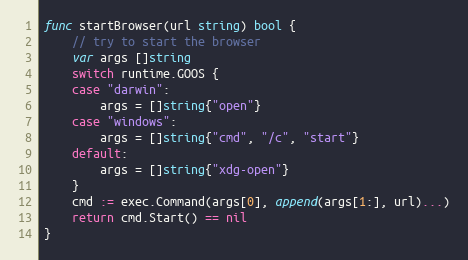
Language: Go
func startBrowser(url string) bool {
	// try to start the browser
	var args []string
	switch runtime.GOOS {
	case "darwin":
		args = []string{"open"}
	case "windows":
		args = []string{"cmd", "/c", "start"}
	default:
		args = []string{"xdg-open"}
	}
	cmd := exec.Command(args[0], append(args[1:], url)...)
	return cmd.Start() == nil
}